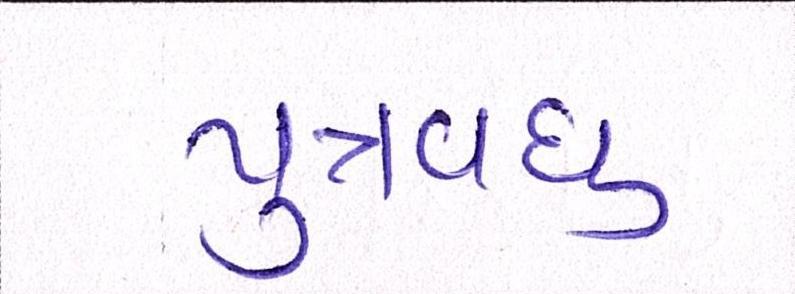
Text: પુત્રવધુ